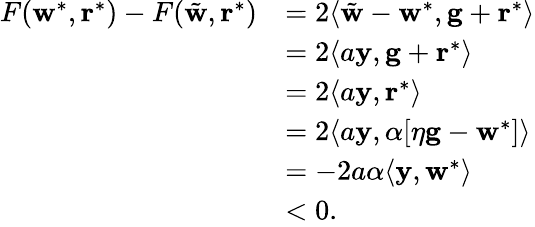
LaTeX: \begin{array}{rl}{F(\mathbf w^{*},\mathbf r^{*})-F(\tilde{\mathbf w},\mathbf r^{*})}&{=2\langle\tilde{\mathbf w}-\mathbf w^{*},\mathbf g+\mathbf r^{*}\rangle}\\ &{=2\langle a\mathbf y,\mathbf g+\mathbf r^{*}\rangle}\\ &{=2\langle a\mathbf y,\mathbf r^{*}\rangle}\\ &{=2\langle a\mathbf y,\alpha[\eta\mathbf g-\mathbf w^{*}]\rangle}\\ &{=-2a\alpha\langle\mathbf y,\mathbf w^{*}\rangle}\\ &{<0.}\end{array}